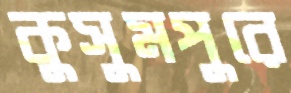
কুসুমপুরে